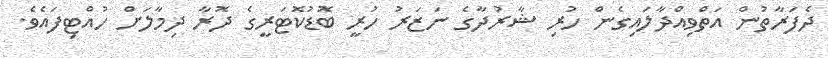
ދެފަރާތުން އަތްވިއްދާލައިގެން ހުރި ޝާރުދާގެ ނަޒަރު ހުރީ ބޮޑުކޮޓަރީގެ ދޮރާ ދިމާލަށް ހުއްޓިފައެވެ.